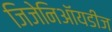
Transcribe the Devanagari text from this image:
जिजेनिऑयडीज